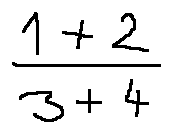
\frac { 1 + 2 } { 3 + 4 }